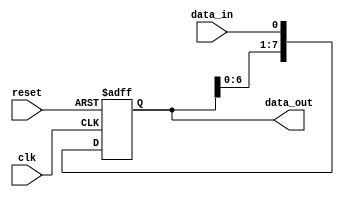
module serial_in_parallel_out (
    input wire clk,        // clock input
    input wire reset,      // reset input
    input wire data_in,    // serial data input
    output reg [7:0] data_out // parallel data output
);

reg [7:0] shift_reg; // shift register

always @ (posedge clk or posedge reset)
begin
    if (reset)
        shift_reg <= 8'b0; // reset the shift register
    else
        shift_reg <= {shift_reg[6:0], data_in}; // shift data in
end

assign data_out = shift_reg; // output parallel data

endmodule